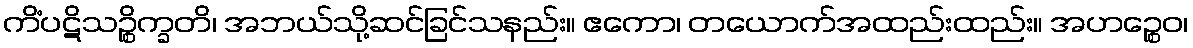
ကိံပဋိသဉ္စိက္ခတိ၊ အဘယ်သို့ဆင်ခြင်သနည်း။ ဧကော၊ တယောက်အထည်းထည်း။ အဟဉ္စေဝ၊